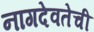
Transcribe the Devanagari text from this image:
नागदेवतेची